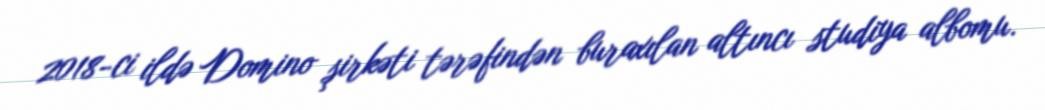
2018-ci ildə Domino şirkəti tərəfindən buraxılan altıncı studiya albomu.